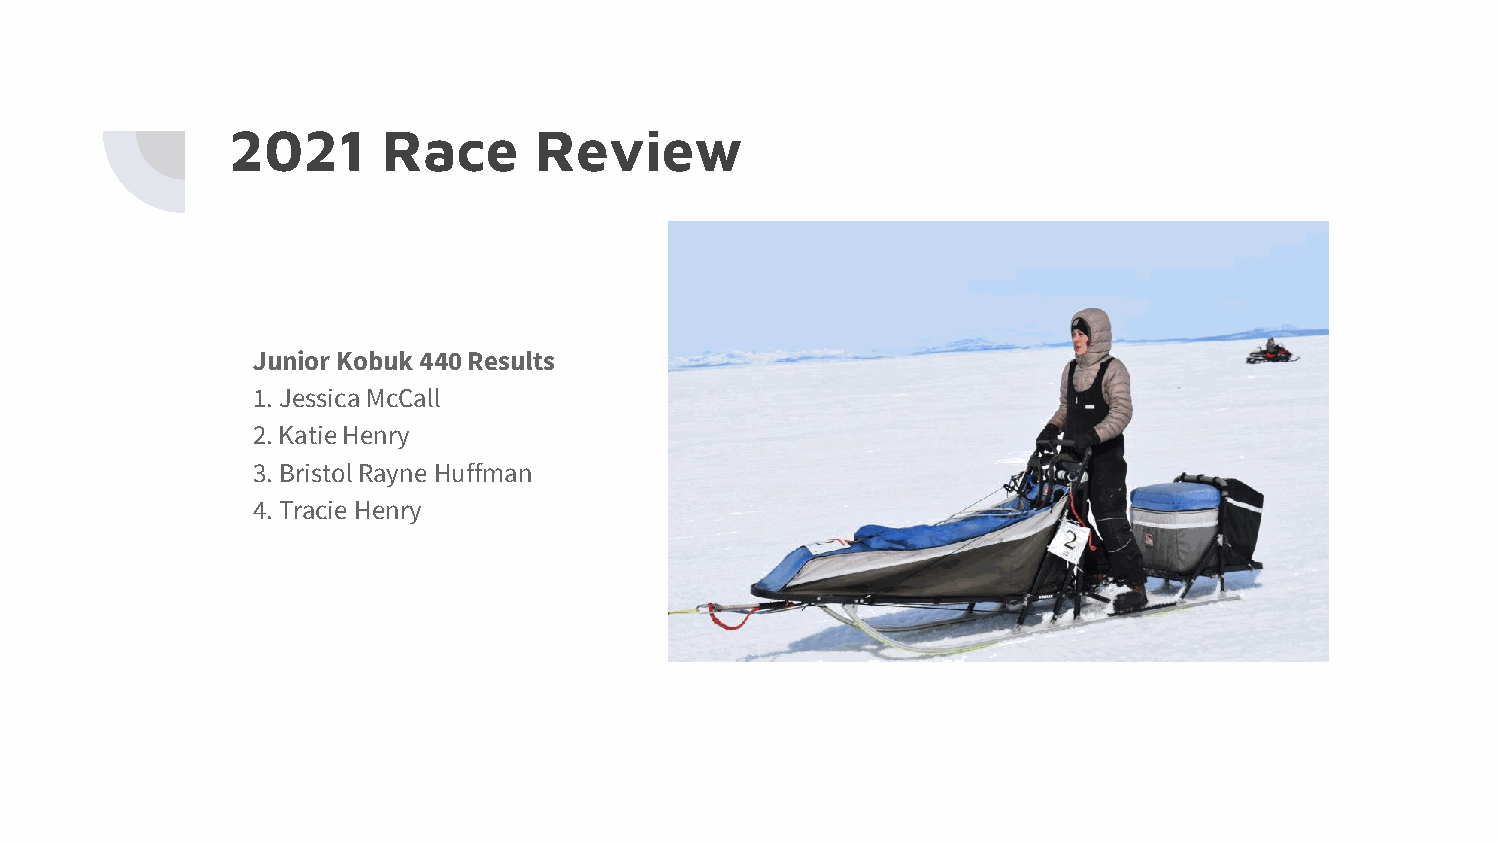
2021      Race      Review
 Junior Kobuk 440 Results
 1. Jessica McCall
 2. Katie Henry
 3. Bristol Rayne Huffman
 4. Tracie Henry